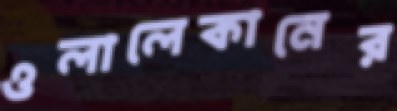
ওলালেকানের